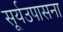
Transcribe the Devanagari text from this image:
सूर्यउपासना